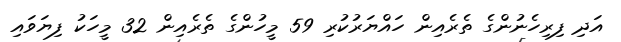
އަދި ފިރިހެނުންގެ ތެރެއިން ހައްޔަރުކުރި 59 މީހުންގެ ތެރެއިން 32 މީހަކު ފިޔަވައި